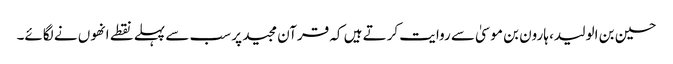
حسین بن الولید، ہارون بن موسیٰ سے روایت کرتے ہیں کہ قرآن مجید پر سب سے پہلے نقطے انھوں نے لگائے۔